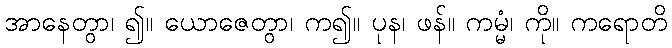
အာနေတွာ၊ ၍။ ယောဇေတွာ၊ က၍။ ပုန၊ ဖန်။ ကမ္မံ၊ ကို။ ကရောတိ